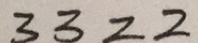
3 3 2 2